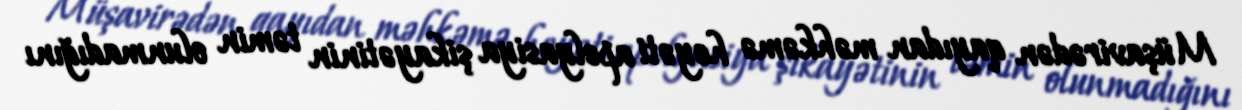
Müşavirədən qayıdan məhkəmə heyəti apelyasiya şikayətinin təmin olunmadığını